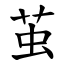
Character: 茧